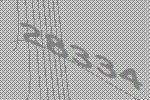
28334